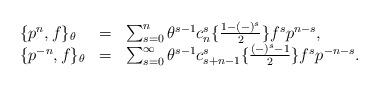
LaTeX: \begin{align*}\begin{array}{lcl}\{p^n, f\}_{\theta} &=&\sum _{s=0}^{n} \theta ^{s-1} c_{n}^{s}\{\frac {1-(-)^s}{2}\} f^{s} p^{n-s},\\ \{p^{-n}, f\}_{\theta} &=& \sum _{s=0}^{\infty} \theta ^{s-1} c_{s+n-1}^{s}\{\frac {(-)^{s}-1}{2}\} f^{s} p^{-n-s}. \end{array}\end{align*}